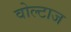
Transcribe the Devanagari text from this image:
वोल्टाज